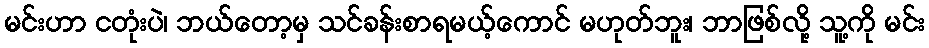
မင်းဟာ ငတုံးပဲ၊ ဘယ်တော့မှ သင်ခန်းစာရမယ့်ကောင် မဟုတ်ဘူး၊ ဘာဖြစ်လို့ သူ့ကို မင်း